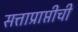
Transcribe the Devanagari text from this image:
सत्ताप्राप्तीची